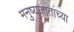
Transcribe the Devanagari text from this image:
मनुष्यजातांच्या